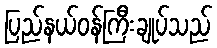
ပြည်နယ်ဝန်ကြီးချုပ်သည်